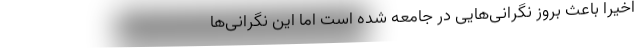
اخیراً باعث بروز نگرانی‌‌هایی در جامعه شده است اما این نگرانی‌‌ها